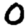
Digit: 0